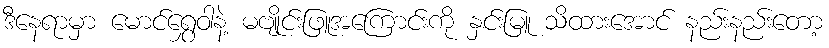
ဒီနေရာမှာ မောင်ရွှေဝါနဲ့ မဗျိုင်းဖြူအကြောင်းကို နှင်းမြူ သိထားအောင် နည်းနည်းတော့